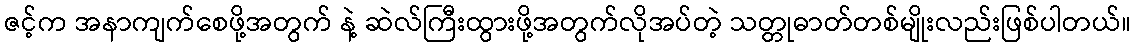
ဇင့်က အနာကျက်စေဖို့အတွက် နဲ့ ဆဲလ်ကြီးထွားဖို့အတွက်လိုအပ်တဲ့ သတ္တုဓာတ်တစ်မျိုးလည်းဖြစ်ပါတယ်။